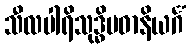
သီလပါရိသုဒ္ဓိပဓာနိယင်္ဂံ